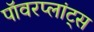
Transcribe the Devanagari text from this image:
पॉवरप्लांट्स